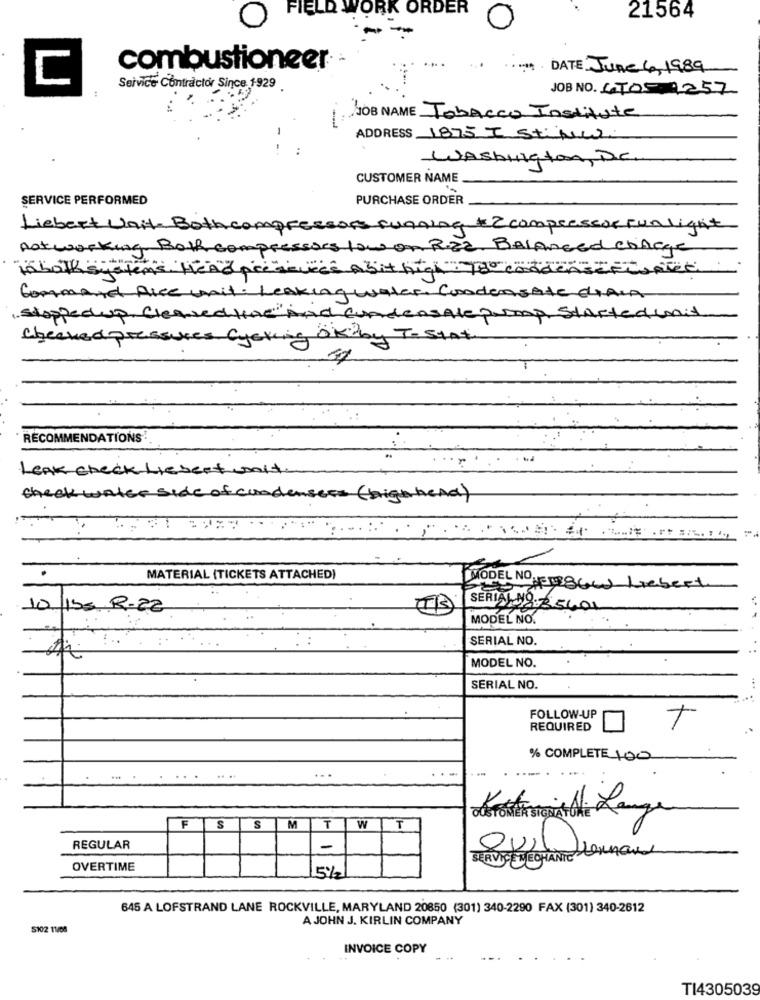
FIELD WORK ORDER
O
21564
combustioneer
DATE June 4, 1989
C
Seivice Contractor Since 1929
JOB NO. 67051257
JOB NAME Tobacco Institute
-
ADDRESS 1875 I Stifler.
..
Washington, DC
CUSTOMER NAME
SERVICE PERFORMED
PURCHASE ORDER
Liebert Unit. Both compressors cunning & compresese Fun light
not working Both compressors low on R.EZ, Balanced charge
"Klock system's Head process Abit high Te doenFree
Command Alce unit. Leaking water, Condensate CIALA
(Stoppedup, Creaved Kine"And Condensale p.Imp, Startedunit
Checked pressures cycling OK by T-Stat.
RECOMMENDATIONS!
Leak check Liebert wait
check water side of condensers ( high hend)
MATERIAL (TICKETS ATTACHED)
MODEL NO. 33866) Hebert
10 15a . R-22
SERIA: 48:35401
MODEL NO.
SERIAL NO.
MODEL NO.
SERIAL NO.
FOLLOW-UP
REQUIRED
% COMPLETE 100
....
FS
W
Obsroktestonthe Range
S
M
T
T
REGULAR
-
SERVICE MÉCHANTE DLOUHOU
QUI
OVERTIME
5%
645 A LOFSTRAND LANE ROCKVILLE, MARYLAND 20850 (301) 340-2290 FAX (301) 340-2612
A JOHN J. KIRLIN COMPANY
S102 11/08
INVOICE COPY
TI4305039